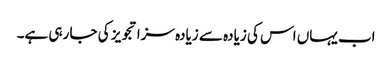
اب یہاں اس کی زیادہ سے زیادہ سزا تجویز کی جا رہی ہے۔